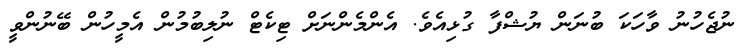
ނުޖެހުނު ވާހަކަ ބުނަން ޔުޝްފާ ގުޅިއެވެ. އެންމެންނަށް ޓިކެޓް ނުލިބުމުން އެމީހުން ބޭނުންވީ